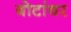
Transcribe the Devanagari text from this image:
बोटांवर